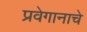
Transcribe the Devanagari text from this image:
प्रवेगानाचे